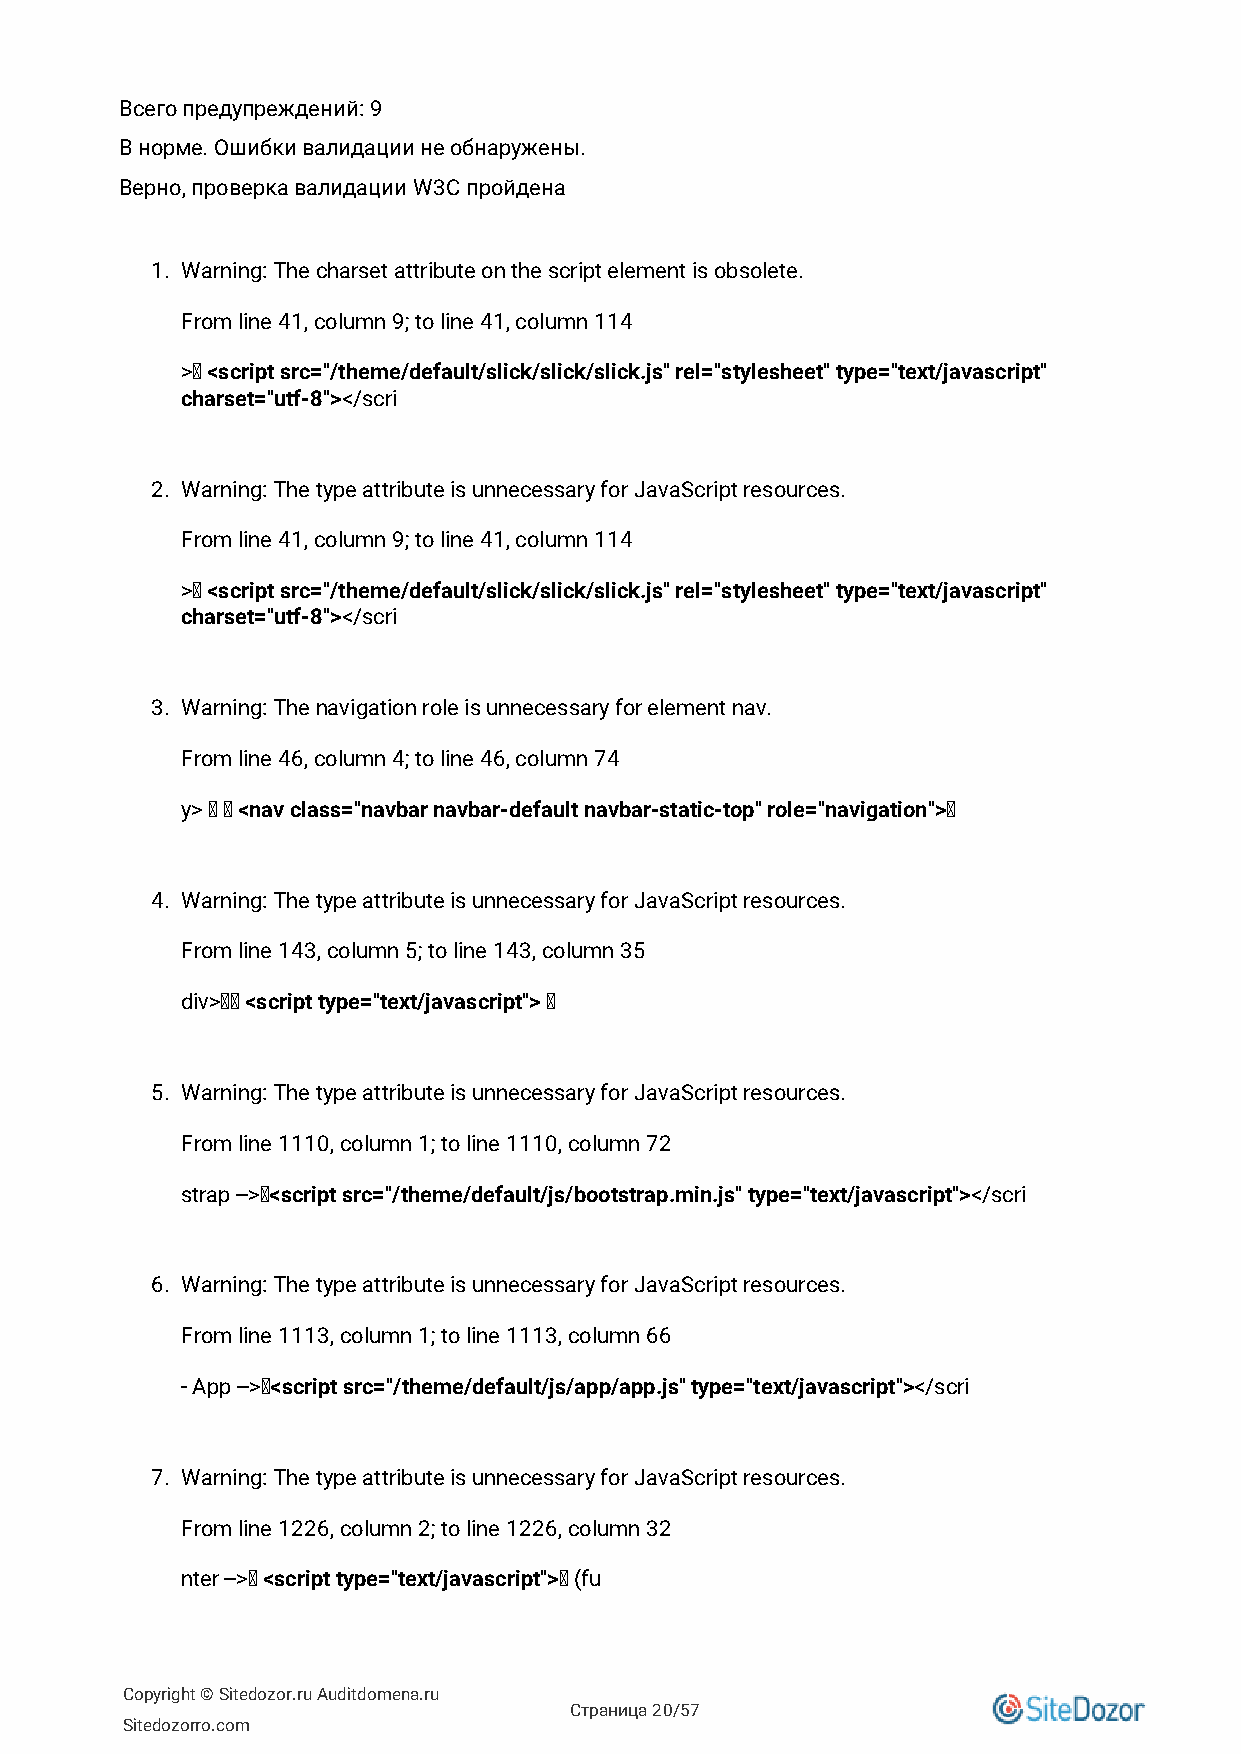
Всего предупреждений: 9
 В норме. Ошибки валидации не обнаружены.
 Верно, проверка валидации W3C пройдена
 1. Warning: The charset attribute on the script element is obsolete.
 From line 41, column 9; to line 41, column 114
 >↩ <script src="/theme/default/slick/slick/slick.js" rel="stylesheet" type="text/javascript"
 charset="utf-8"></scri
 2. Warning: The type attribute is unnecessary for JavaScript resources.
 From line 41, column 9; to line 41, column 114
 >↩ <script src="/theme/default/slick/slick/slick.js" rel="stylesheet" type="text/javascript"
 charset="utf-8"></scri
 3. Warning: The navigation role is unnecessary for element nav.
 From line 46, column 4; to line 46, column 74
 y> ↩ ↩ <nav class="navbar navbar-default navbar-static-top" role="navigation">↩
 4. Warning: The type attribute is unnecessary for JavaScript resources.
 From line 143, column 5; to line 143, column 35
 div>↩↩ <script type="text/javascript"> ↩
 5. Warning: The type attribute is unnecessary for JavaScript resources.
 From line 1110, column 1; to line 1110, column 72
 strap -->↩<script src="/theme/default/js/bootstrap.min.js" type="text/javascript"></scri
 6. Warning: The type attribute is unnecessary for JavaScript resources.
 From line 1113, column 1; to line 1113, column 66
 - App -->↩<script src="/theme/default/js/app/app.js" type="text/javascript"></scri
 7. Warning: The type attribute is unnecessary for JavaScript resources.
 From line 1226, column 2; to line 1226, column 32
 nter -->↩ <script type="text/javascript">↩ (fu
 Copyright © Sitedozor.ru Auditdomena.ru
 Страница 20/57
 Sitedozorro.com